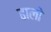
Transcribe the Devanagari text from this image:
ढालो